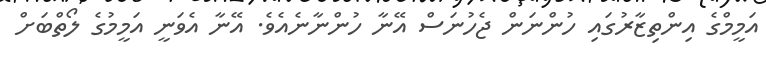
އަމީމްގެ އިންތިޒާރުގައި ހުންނަން ޖެހުނަސް އޭނާ ހުންނާނެއެވެ. އޭނާ އެވަނީ އަމީމުގެ ލޯތްބަށް